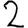
Digit: 2